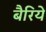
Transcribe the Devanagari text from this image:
बैरिये